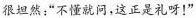
很坦然”不懂就问，这正是礼呀！